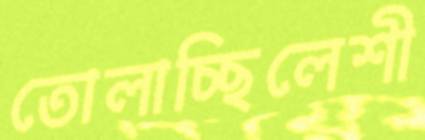
তোলাচ্ছিলেশী